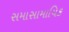
સમાસામાયિક